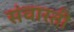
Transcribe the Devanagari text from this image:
संवारती